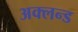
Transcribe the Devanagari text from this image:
अक्लन्ड